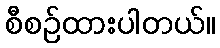
စီစဉ်ထားပါတယ်။